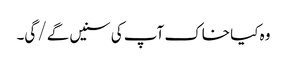
وہ کیا خاک آپ کی سنیں گے/ گی۔